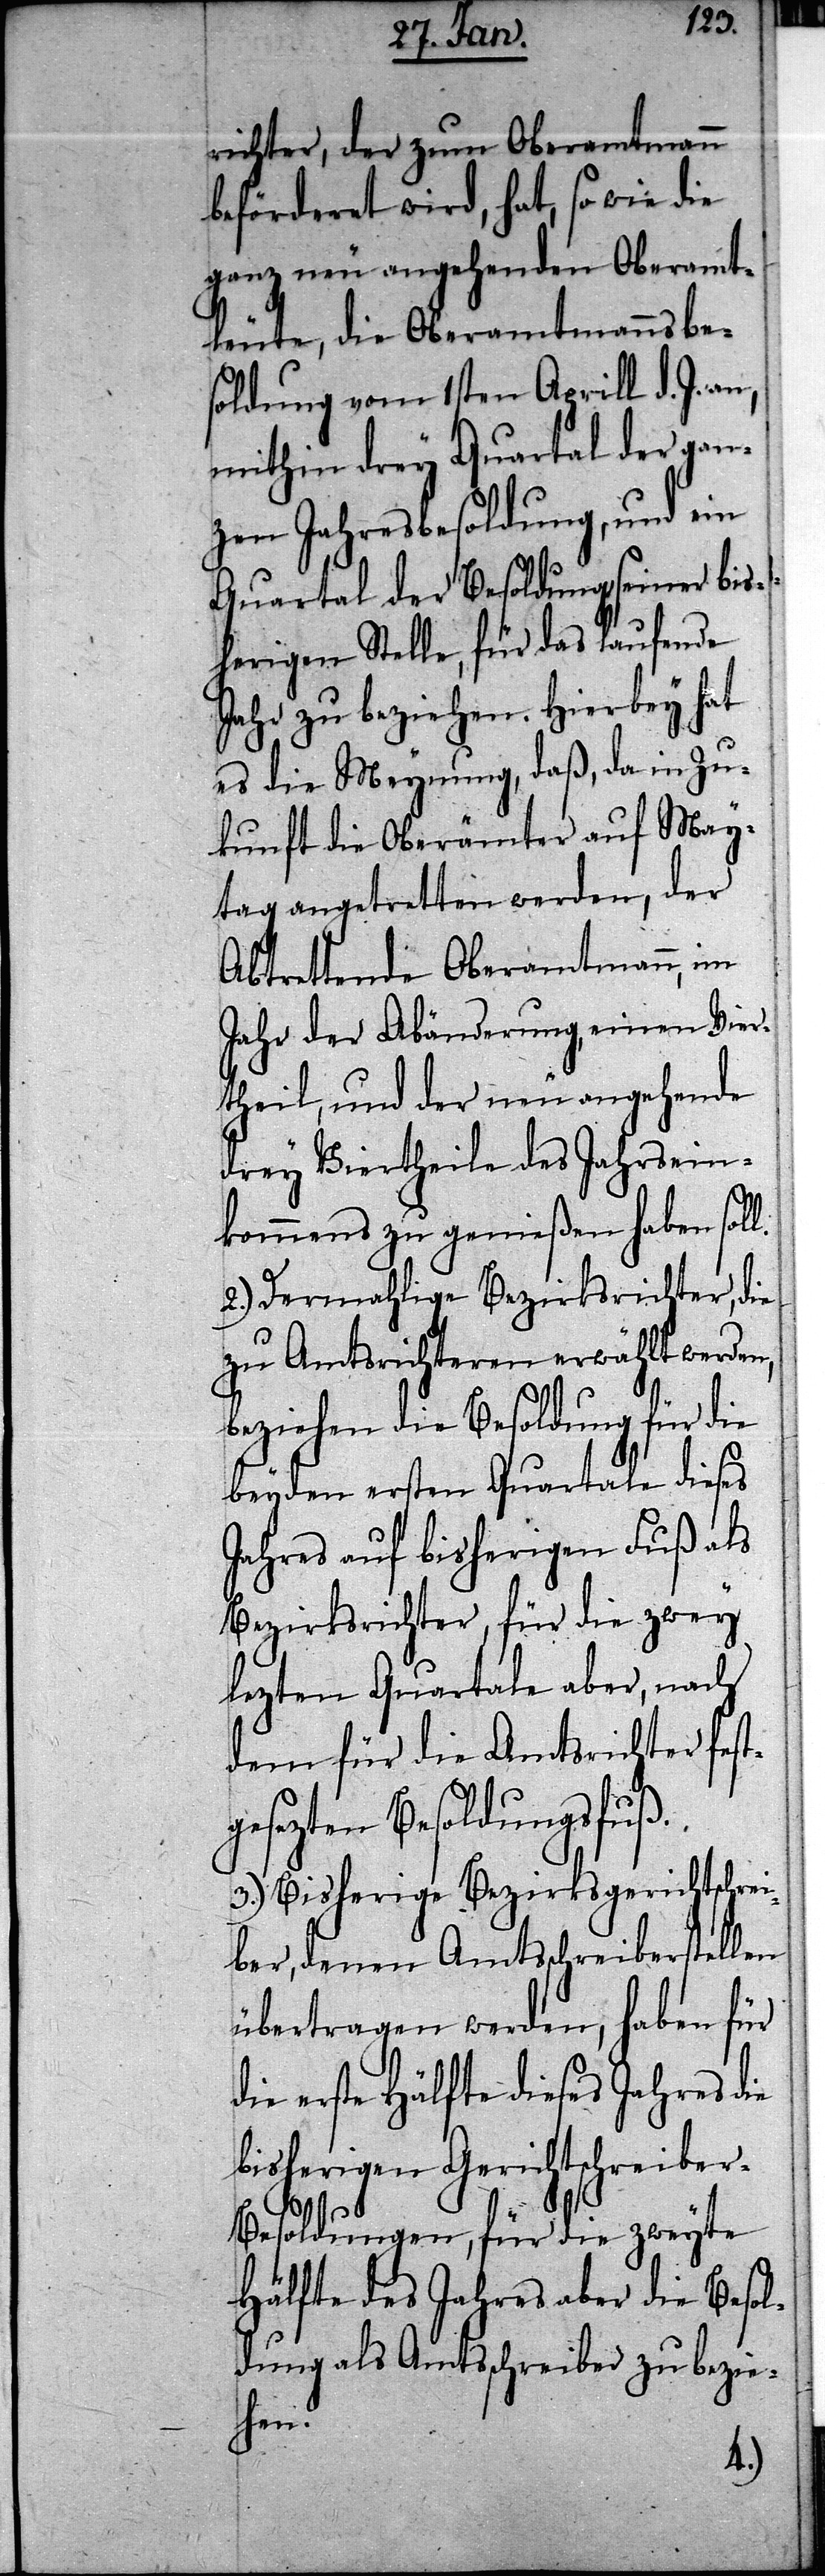
richter, der zum Oberamtmann
beförderet wird, hat, so wie die
ganz neu angehenden Oberamt¬
leute, die Oberamtmannsbe¬
soldung vom 1sten Aprill d. J. an,
mithin drey Quartal der gan¬
zen Jahresbesoldung, und ein
Quartal der Besoldung seiner bis¬
herigen Stelle, für das laufende
Jahr zu beziehen. Hierbey hat
es die Meynung, daß, da in Zu¬
kunft die Oberämter auf May¬
tag angetretten werden, der
Abtrettende Oberamtmann, im
Jahr der Abänderung, einen Vier¬
theil, und der neu angehende
drey Viertheile des Jahresein¬
kommens zu genießen haben sol¬
2.) Dermahlige Bezirksrichter, die
zu Amtsrichteren erwählt werden,
beziehen die Besoldung für die
beyden ersten Quartale dieses
Jahres auf bisherigen Fuß als
Bezirksrichter, für die zwey
lezten Quartale aber, nach
dem für die Amtsrichter fest¬
gesetzten Besoldungsfuß.
3.) Bisherige Bezirksgerichtschrei¬
ber, denen Amtsschreiberstellen
übertragen werden, haben für
die erste Hälfte dieses Jahres die
bisherigen Gerichtschreiber-B¬
esoldungen, für die zweyte
Hälfte des Jahres aber die Besol¬
dung als Amtsschreiber zu bezie¬
hen.
l.